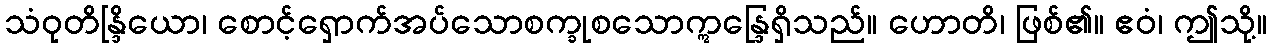
သံဝုတိန္ဒြိယော၊ စောင့်ရှောက်အပ်သောစက္ခုစသောဣန္ဒြေရှိသည်။ ဟောတိ၊ ဖြစ်၏။ ဧဝံ၊ ဤသို့။